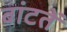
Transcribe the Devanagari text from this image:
बांटतें